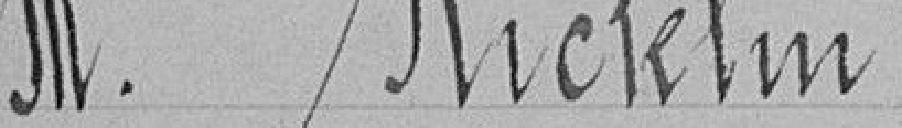
M. Ricklin